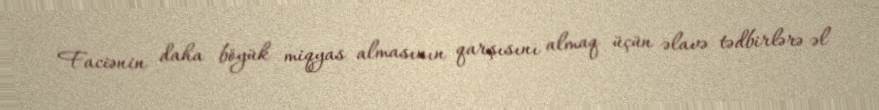
Faciənin daha böyük miqyas almasının qarşısını almaq üçün əlavə tədbirlərə əl